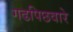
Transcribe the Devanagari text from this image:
गढपिछवारे